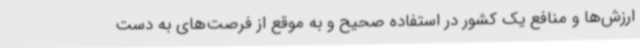
ارزش‌ها و منافع یک کشور در استفاده صحیح و به موقع از فرصت‌های به دست